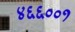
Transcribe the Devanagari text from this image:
४६६००१